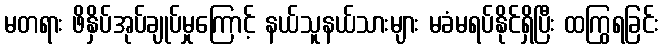
မတရား ဖိနှိပ်အုပ်ချုပ်မှုကြောင့် နယ်သူနယ်သားများ မခံမရပ်နိုင်ရှိပြီး ထကြွရခြင်း